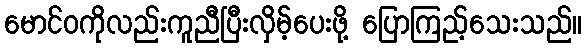
မောင်ဝကိုလည်းကူညီပြီးလှိမ့်ပေးဖို့ ပြောကြည့်သေးသည်။